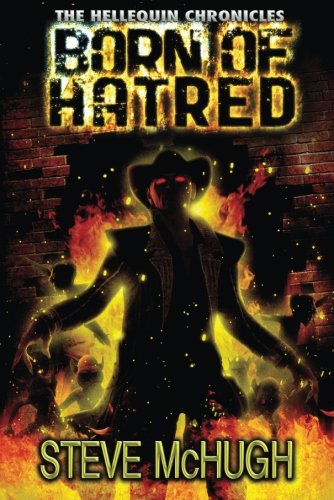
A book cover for Born of Hatred (The Hellequin Chronicles); Steve McHugh; Science Fiction & Fantasy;